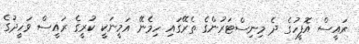
ރައީސް އޮފީހުގެ ދެ މިނިސްޓަރުންގެ ތެރޭގައި ހިމެނޭ އަމީނަކީ ކުރީގެ ރައީސް ވަހީދުގެ